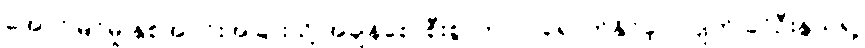
အောင်မြင်မှု နှစ်အပိုင်းအခြားသို့ အချိန်စောစီးစွာကပင် ရောက်နိုင်ခဲ့ပါလျက် ခင်ဦးနွယ်ရဲ့